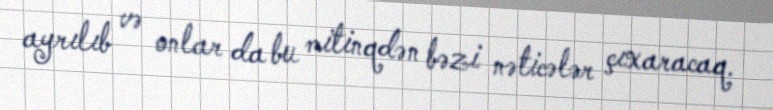
ayrılıb və onlar da bu mitinqdən bəzi nəticələr çıxaracaq.